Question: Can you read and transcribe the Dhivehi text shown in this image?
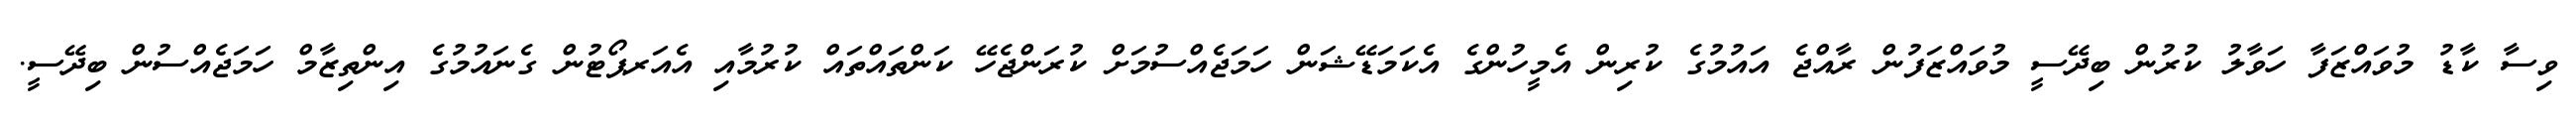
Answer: ވިސާ ކާޑު މުވައްޒަފާ ހަވާލު ކުރުން ބިދޭސީ މުވައްޒަފުން ރާއްޖެ އައުމުގެ ކުރިން އެމީހުންގެ އެކަމަޑޭޝަން ހަމަޖެއްސުމަށް ކުރަންޖެހޭ ކަންތައްތައް ކުރުމާއި އެއަރޕޯޓުން ގެނައުމުގެ އިންތިޒާމް ހަމަޖެއްސުން ބިދޭސީ.